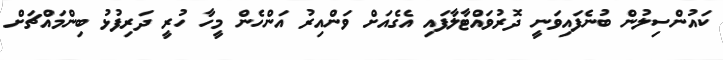
ކައުންސިލުން ބުނެފައިވަނީ ދޮރުވައްޓާލާފައި އެގެއަށް ވަންއިރު އަންހެން މީހާ ހުރީ ދަރިފުޅު ބިންމައްޗަށް